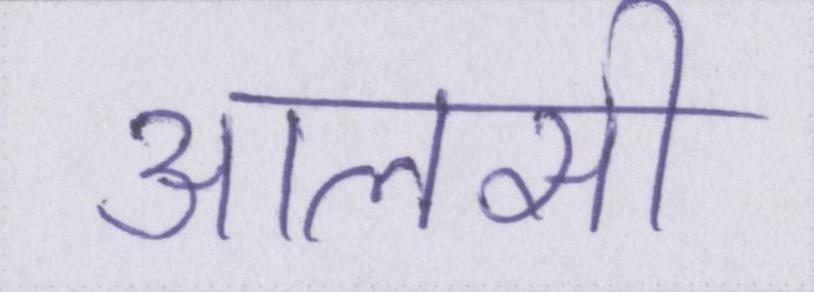
आलसी